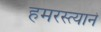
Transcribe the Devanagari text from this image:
हमरस्त्याने